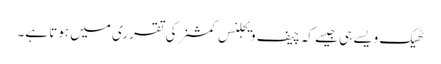
ٹھیک ویسے ہی جیسے کہ چیف ویجلنس کمشنر کی تقرری میں ہوتا ہے۔